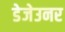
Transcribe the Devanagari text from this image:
डेजेउनर